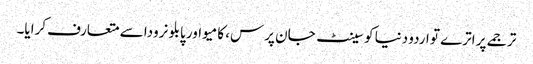
ترجمے پر اترے تو اردو دنیا کو سینٹ جان پرس، کامیو اور پابلو نرودا سے متعارف کرایا۔